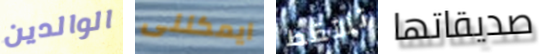
الوالدين ايمكننى تلتقط صديقاتها